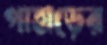
পাহাড়ের